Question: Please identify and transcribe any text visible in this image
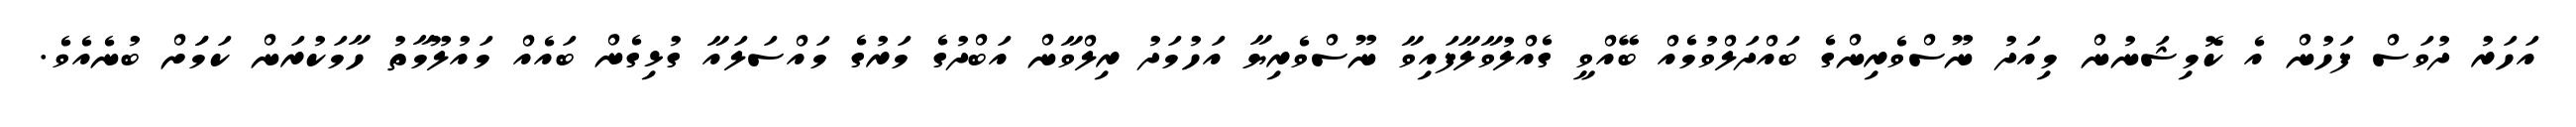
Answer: އަހަރު ދުވަސް ފަހުން އެ ކޮމިޝަނުން މިއަދު ނޫސްވެރިންގެ ބައްދަލްވުމެއް ބޭއްވީ ގެއްލުވާލާފައިވާ ނޫސްވެރިޔާ އަހުމަދު ރިލްވާން އަބްދުގެ މަރުގެ މައްސަލައާ ގުޅިގެން ބައެއް މައުލޫމާތު ހާމަކުރަން ކަމަަށް ބުނެއެވެ.